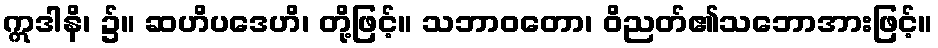
ဣဒါနိ၊ ၌။ ဆဟိပဒေဟိ၊ တို့ဖြင့်။ သဘာဝတော၊ ဝိညတ်၏သဘောအားဖြင့်။